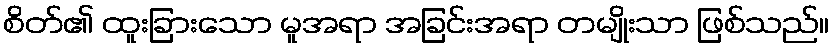
စိတ်၏ ထူးခြားသော မူအရာ အခြင်းအရာ တမျိုးသာ ဖြစ်သည်။